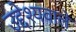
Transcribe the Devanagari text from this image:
उद्देश्यवाले